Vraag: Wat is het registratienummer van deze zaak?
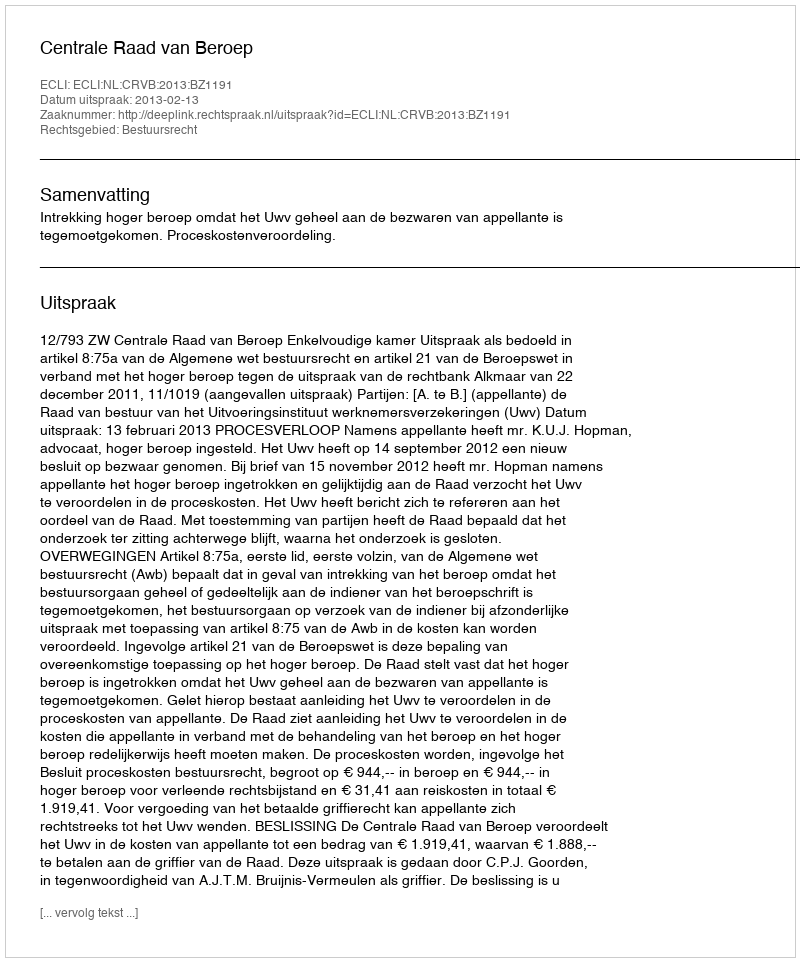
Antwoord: http://deeplink.rechtspraak.nl/uitspraak?id=ECLI:NL:CRVB:2013:BZ1191